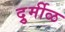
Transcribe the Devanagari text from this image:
दुर्र्मीळ